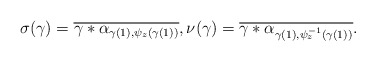
\begin{align*} \sigma(\gamma) = \overline{\gamma*\alpha_{\gamma(1),\psi_z(\gamma(1))}}, \nu(\gamma) = \overline{\gamma*\alpha_{\gamma(1),\psi_z^{-1}(\gamma(1))}}.\end{align*}